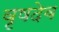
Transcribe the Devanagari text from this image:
वृषदेव